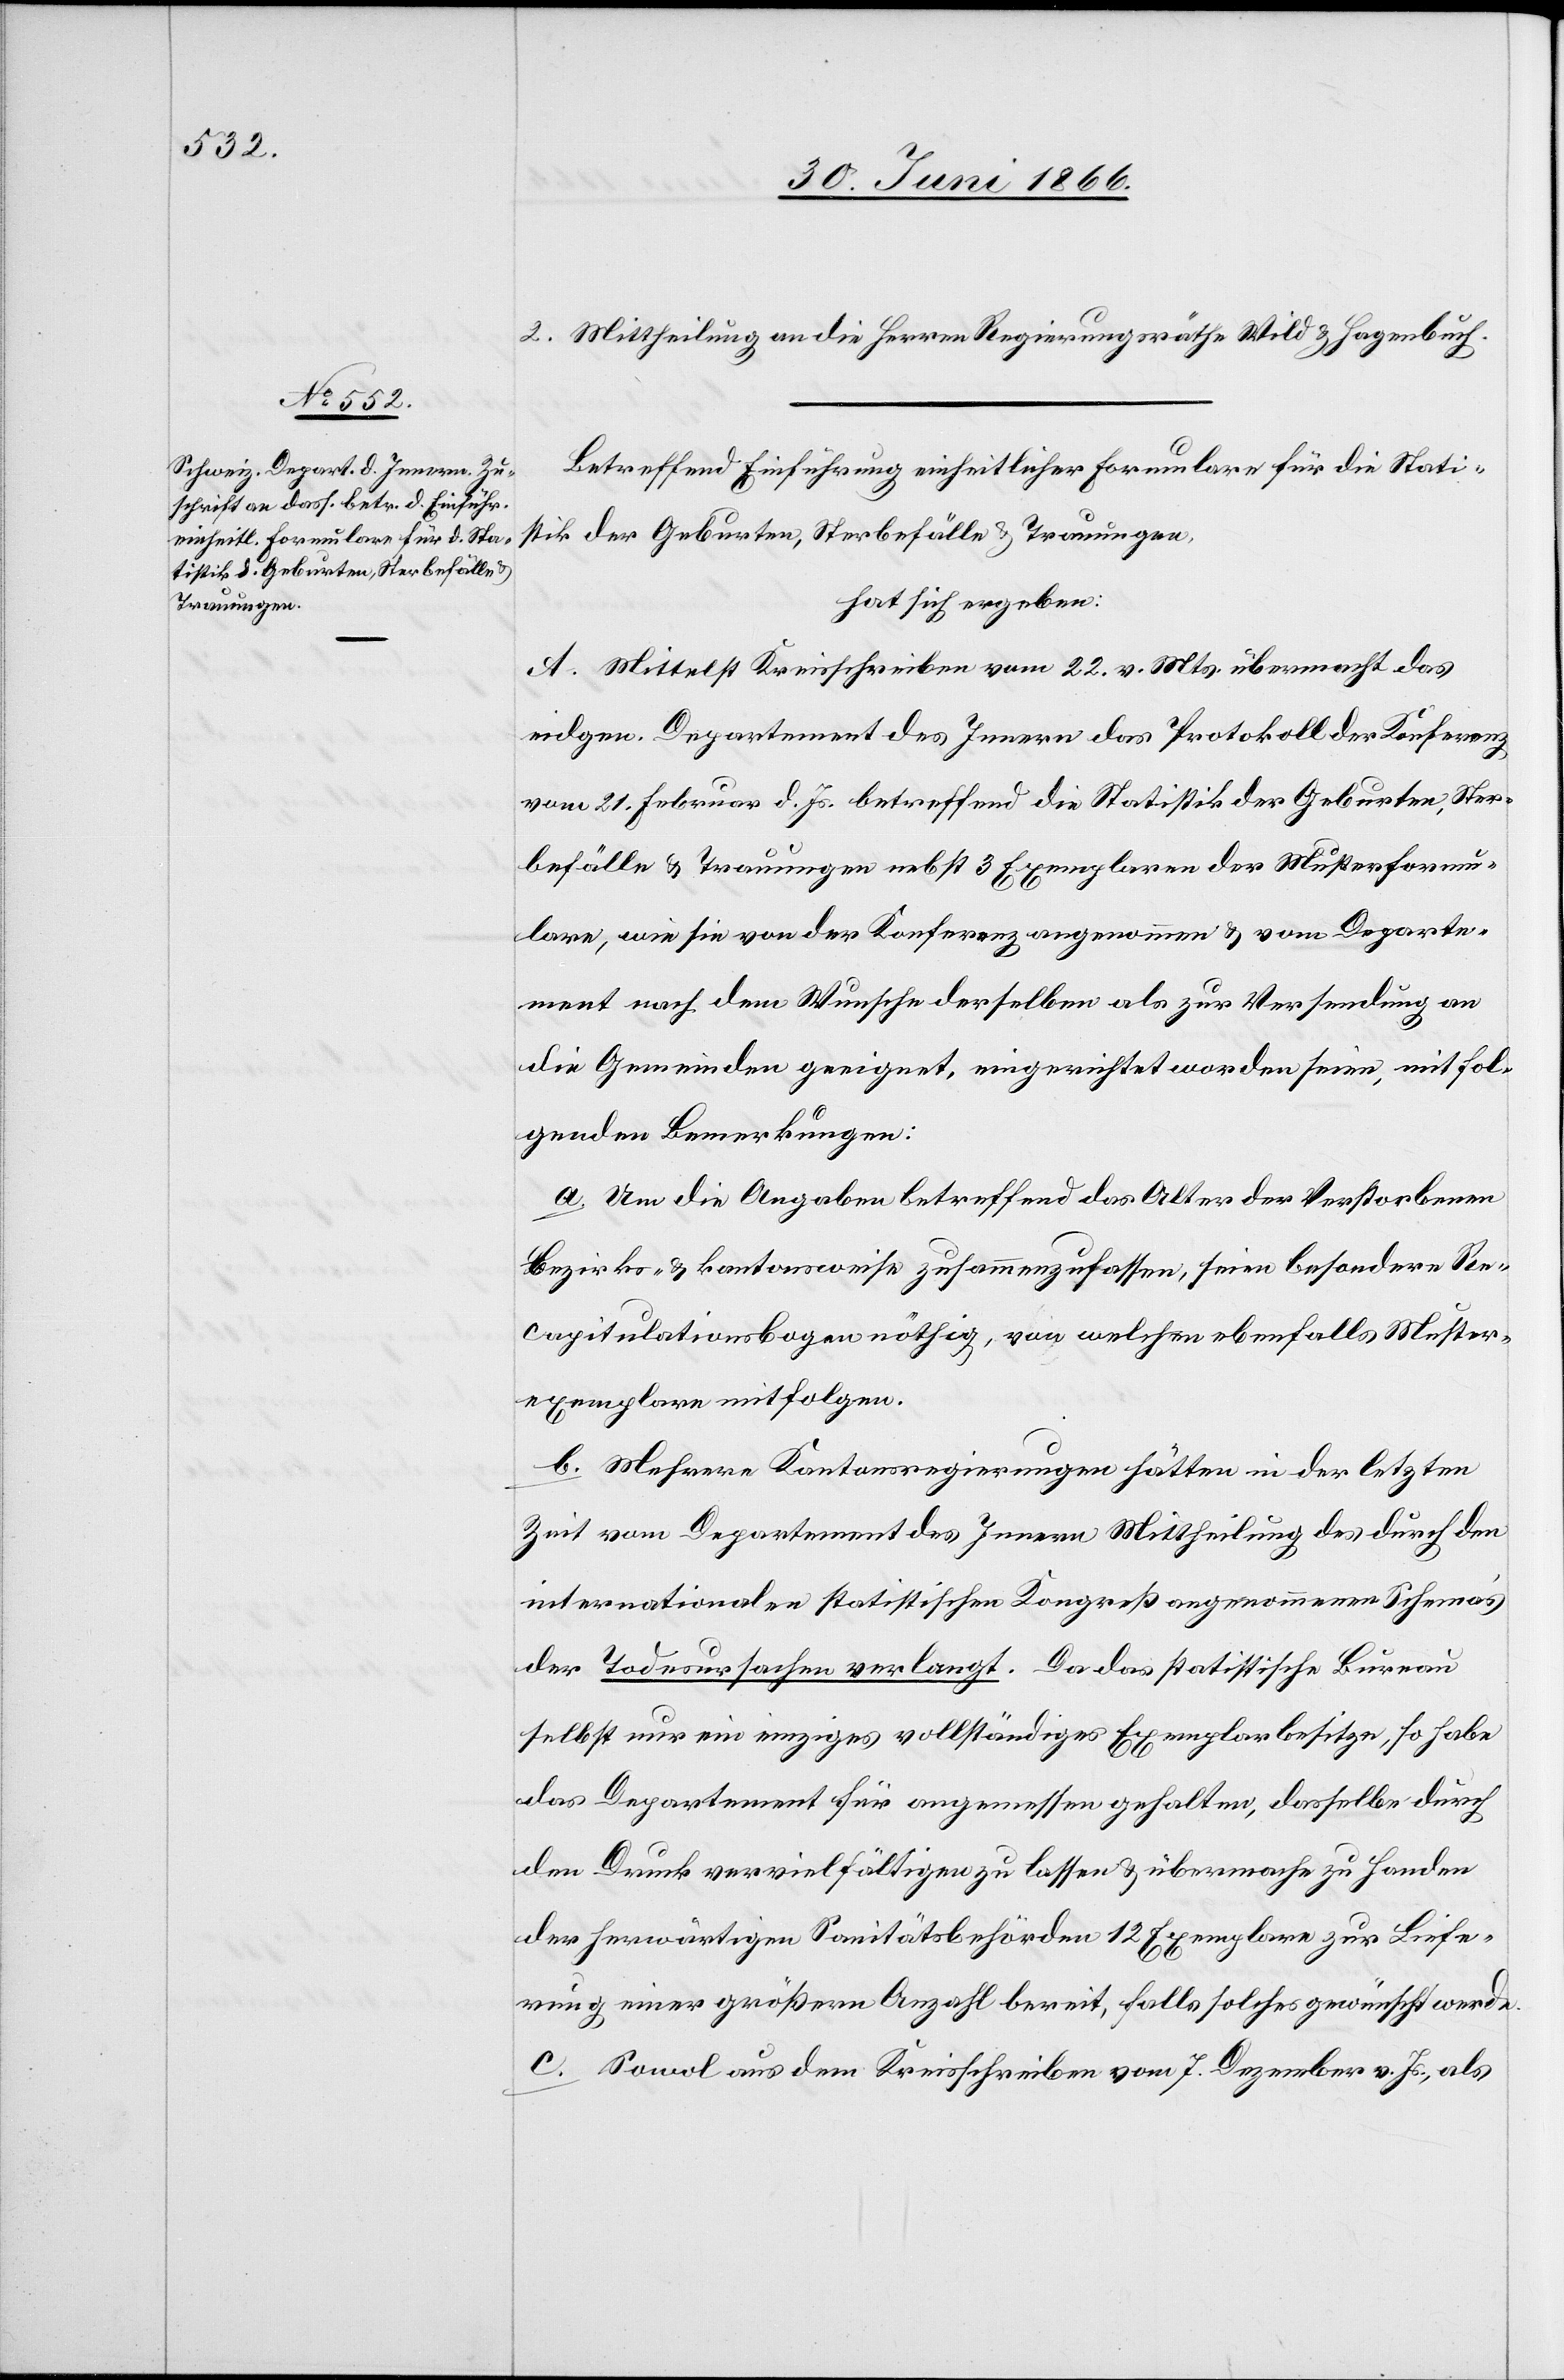
2. Mittheilung an die Herren Regierungsräthe Wild u. Hagenbuch.
Betreffend Einführung einheitlicher Formulare für die Stati¬
stik der Geburten, Sterbefälle u. Trauungen,
hat sich ergeben:
A. Mittelst Kreisschreiben vom 22. v. Mts übermacht das
eidgen. Departement des Innern das Protokoll der Konferenz
vom 21. Februar d. Js. betreffend die Statistik der Geburten, Ster¬
befälle u. Trauungen nebst 3 Exemplaren der Musterformu¬
lare, wie sie von der Konferenz angenommen u. vom Departe¬
ment nach dem Wunsche derselben als zur Versendung an
die Gemeinden geeignet, eingerichtet worden seien, mit fol¬
genden Bemerkungen:
a. Um die Angaben betreffend das Alter der Verstorbenen
bezirks- u. kantonsweise zusammenzufassen, seien besondere Re¬
capitulationsbogen nöthig, von welchen ebenfalls Muster¬
exemplare mitfolgen.
b. Mehrere Kantonsregierungen hätten in der letzten
Zeit vom Departement des Innern Mittheilung des durch den
internationalen statistischen Kongreß angenommenen Schema’s
der Todesursachen verlangt. Da das statistische Bureau
selbst nur ein einziges vollständiges Exemplar besitze, so habe
das Departement für angemessen gehalten, dasselbe durch
den Druck vervielfältigen zu lassen u. übermache zu Handen
der herwärtigen Sanitätsbehörden 12 Exemplare zur Liefe¬
rung einer größern Anzahl bereit, falls solches gewünscht werde.
c. Sowol aus dem Kreisschreiben vom 7. Dezember v. Js. als